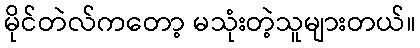
မိုင်တဲလ်ကတော့ မသုံးတဲ့သူများတယ်။